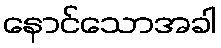
နောင်သောအခါ